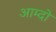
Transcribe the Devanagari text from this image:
आम्दो